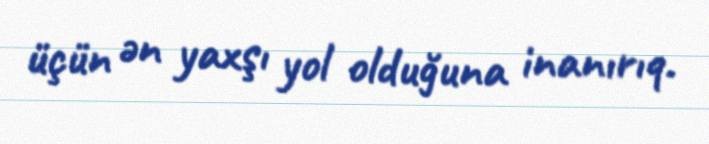
üçün ən yaxşı yol olduğuna inanırıq.